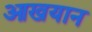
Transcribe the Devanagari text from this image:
आखयान